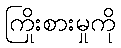
ကြိုးစားမှုကို